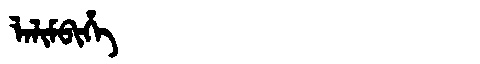
Manchu: ᠯᠠᠯᡳᠮᠪᡳᡥᡝ
Romanization: LALIMBIHE